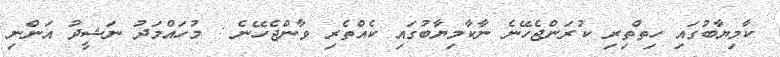
ކާމިޔާބުގައި ހިތްތިރި ކުރަންޖެހޭނެ ނާކާމިޔާބުގައި ކެއްތެރި ވާންޖެހޭނެ : މުހައްމަދު ނަޝީދު އަންނި